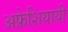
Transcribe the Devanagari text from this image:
अफ्रेशियायी